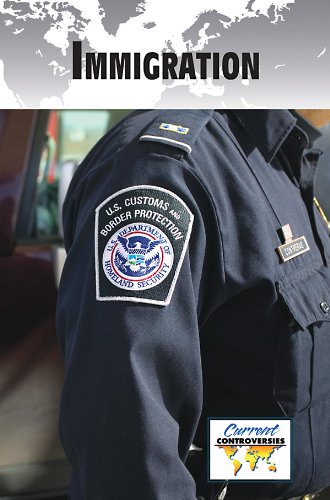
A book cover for Immigration (Current Controversies); Children's Books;